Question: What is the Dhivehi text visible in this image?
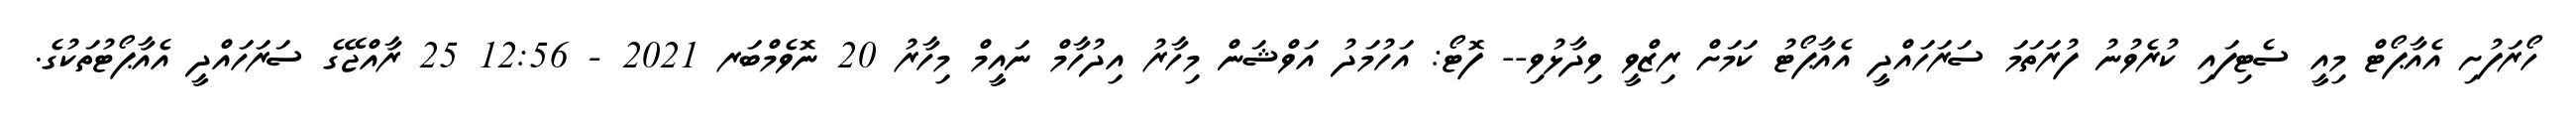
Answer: ހޯރަފުށި އެއާޕޯޓް މިއީ ސެޓިފައި ކުރެވުނު ފުރަތަމަ ސަރަހައްދީ އެއާޕޯޓު ކަމަށް ރިޒްވީ ވިދާޅުވި-- ފޮޓޯ: އަހުމަދު އަވްޝަން މިހާރު އިދުހާމް ނައީމް މިހާރު 20 ނޮވެމްބަރ 2021 - 12:56 25 ރާއްޖޭގެ ސަރަހައްދީ އެއާޕޯޓުތަކުގެ.